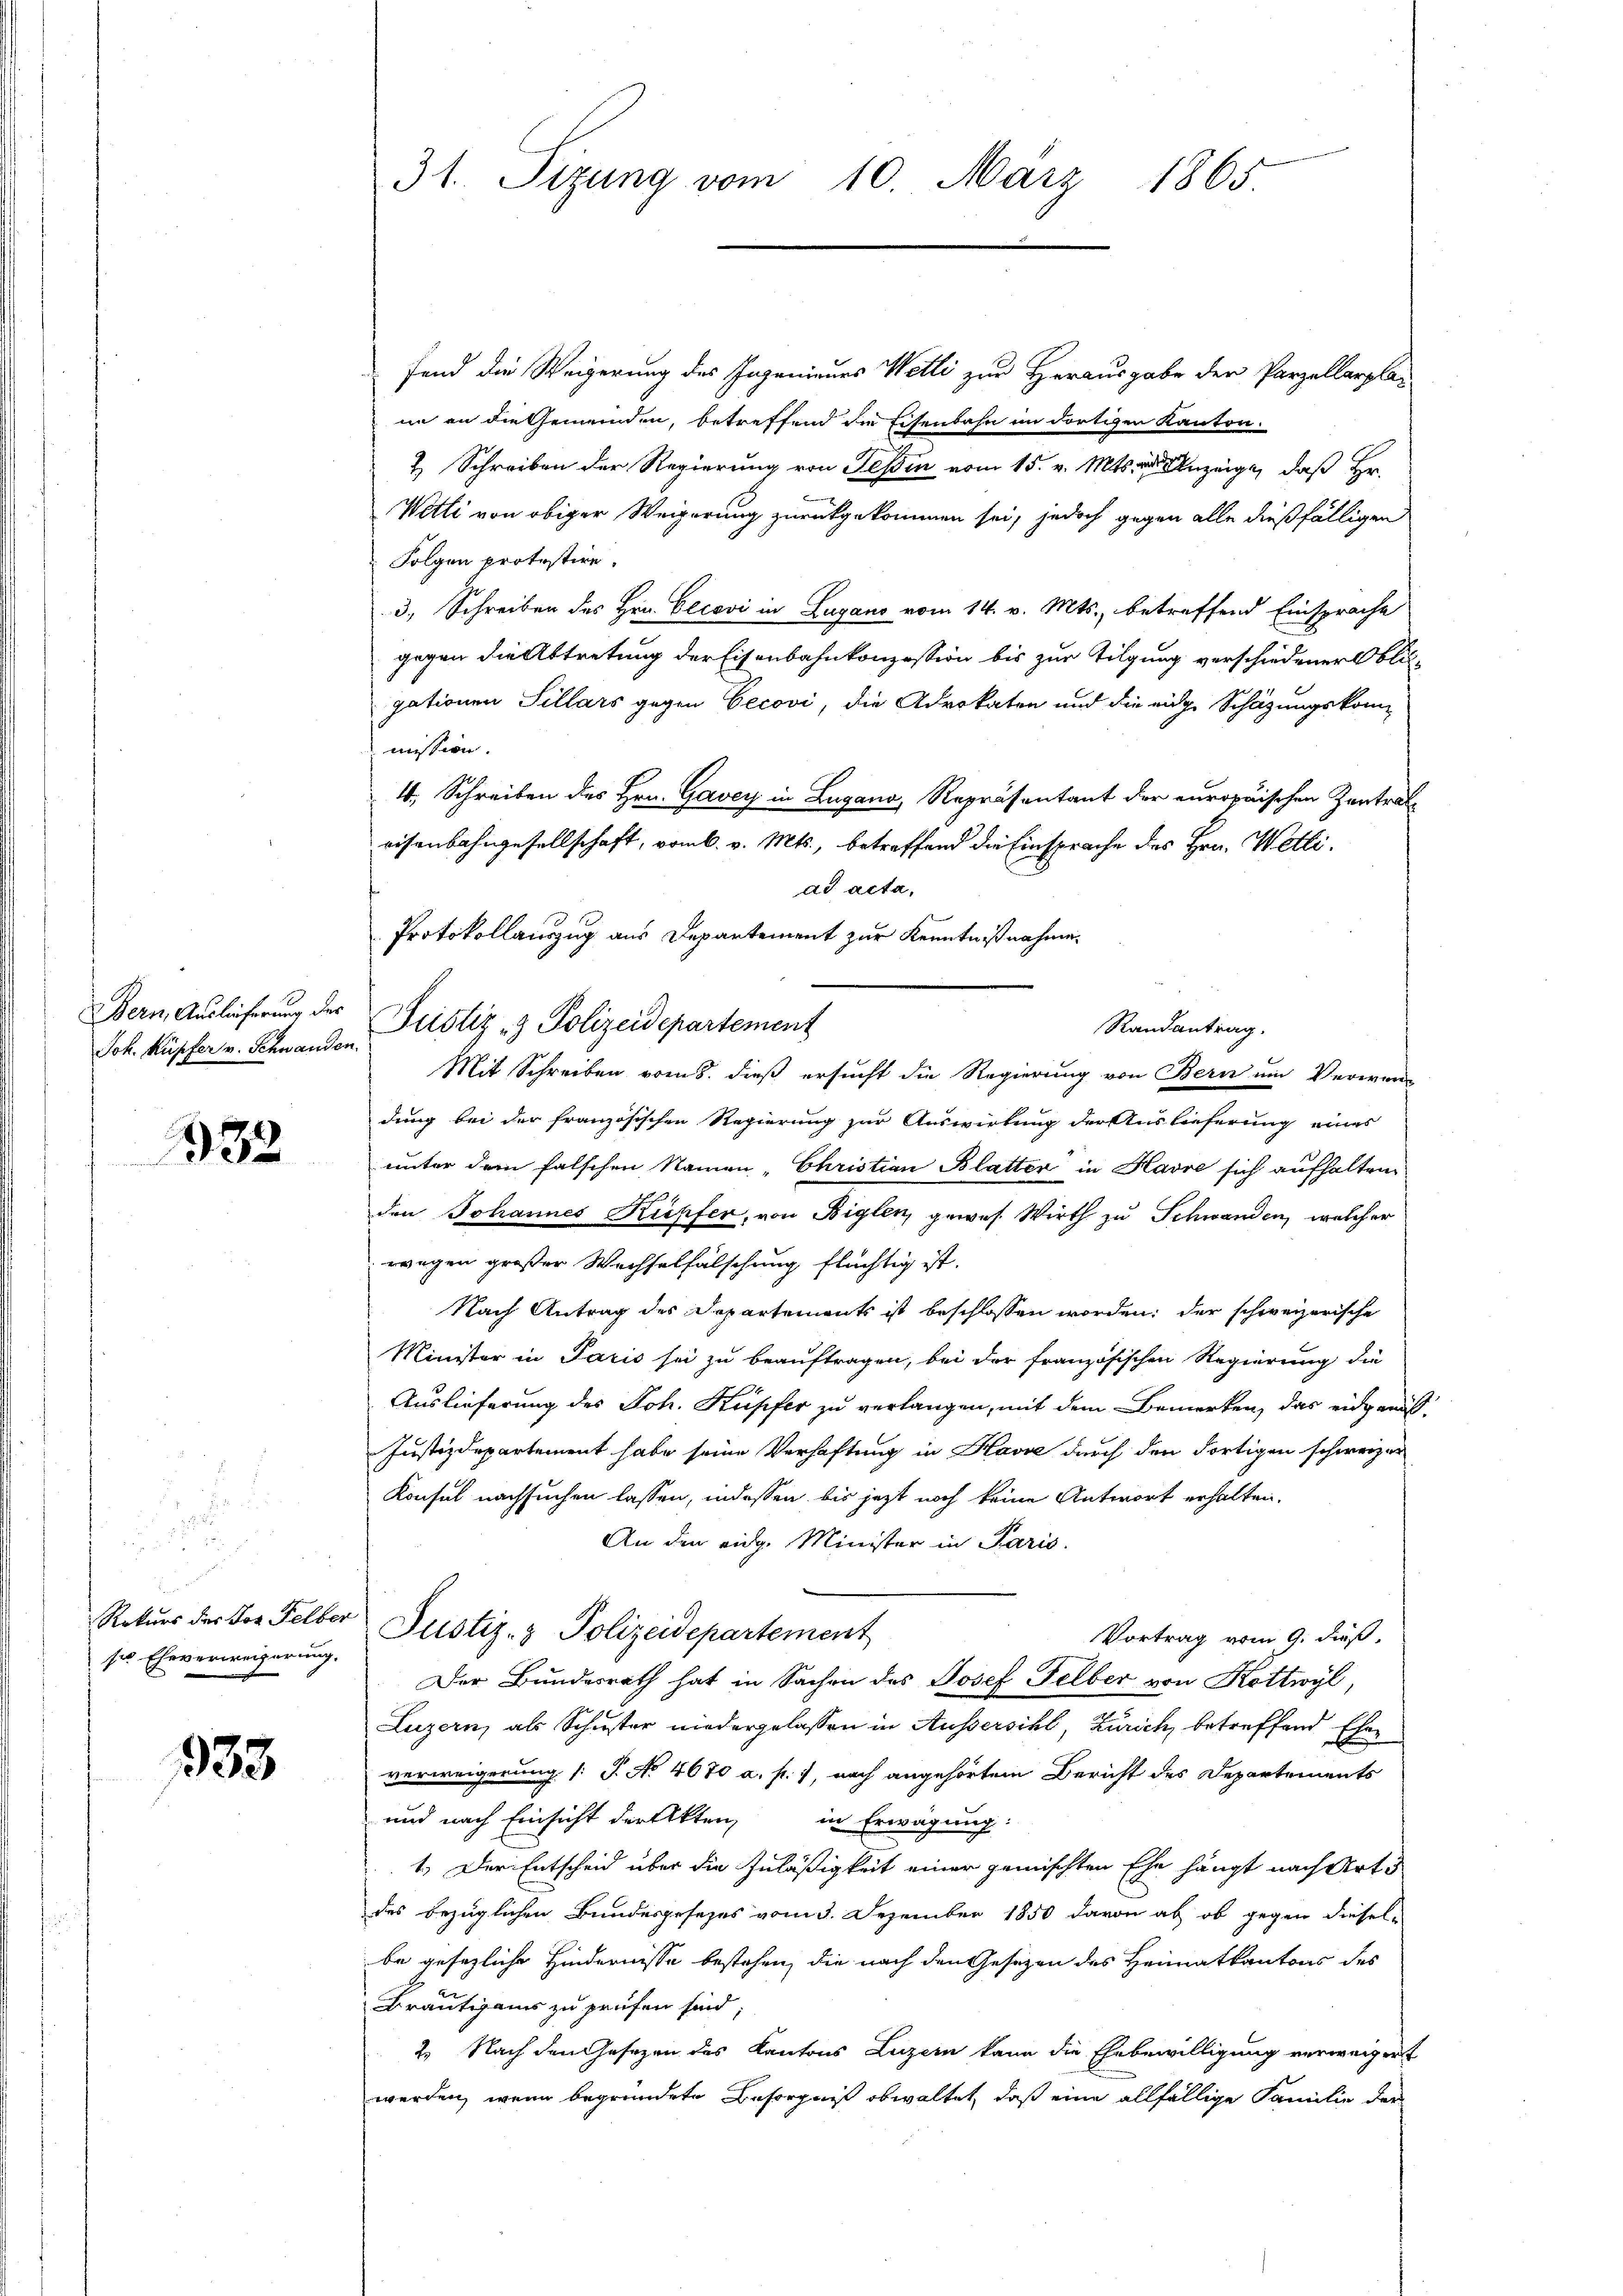
Bern, Auslieferung des
Joh. Kupfer v. Schwanden.

132

sie Eheverweigerung.

333.

fend die Weigerung des Ingenieurs Wetti zur Herausgabe der Parzellarplan
in an die Gemeinden, betreffend die Eisenbahn im dortigen Kanton.
2 Schreiben der Regierung von Fessen vom 15. v. Mts. an Anzeige, daß Hr.
Wetti von obiger Weigerung zurückgekommen sei, jedoch gegen alle dießfälligen
Folgen protestire.
3, Schreiben des Hrn. Clcovi in Lugano vom 14. v. Mts., betreffend Einsprache
gegen die Abtretung der Eisenbahnkonzession bis zur Tilgung verschiedener Obligationen Sillars gegen Cecovi, die Advokaten und die eige Schätzungskommission.
4, Schreiben des Hrn. Gavey in Zugano, Repräsentant der europäischen Zentraleisenbahngesellschaft, vom 6. v. Mts., betreffend die Einsprache des Hrn. Wettiad acta,
Protokollauszug aus Departement zur Kenntnißnahme.
Justiz- & Polizeidepartement
Mit Schreiben vom 8. dieß ersucht die Regierung von Bern ein Verwerdung bei der französischen Regierung zur Auswirkung der Auslieferung eines
unter dem falschen Namen "Christian Blatter in Havre sich aufhalten
den Johannes Kupfer, von Biglen, gewes. Wirth zu Schwanden, welcher
wegen großer Wechselfälschung flüchtig ist.
Nach Antrag des Departements ist beschlossen worden; der schweizerische
Minister in Paris sei zu beauftragen, bei der französischen Regierung die
Auslieferung des Joh. Kupfer zu verlangen, mit dem Bemerken, das eidgenös-
Justizdepartement habe seine Verhaftung in Havre durch den Fortigen schweizer
Konsul nachsuchen lassen, indessen bis jetzt noch keine Antwort erhalten.
An den eidg. Minister in Paris.
Rekurs der von Felber Justiz- & Polizeidepartement
Vortrag vom 9. dieß,
Der Bundesrath hat in Sachen des Josef Felber von Kottwyl,
Luzern, als Schuster niedergelassen in Aussersihl, Zürich, betreffend Ehre
verweigerung (T. No 4670 a. f. 1, nach angehörtem Bericht des Departements
und nach Einsicht der Akten in Erwägung:
1.) Der Entscheid über die Zuläßigkeit einer gemischten Ehe hängt nach Art.
des bezüglichen Bundesgesezes vom 3. Dezember 1850 davon ab, ob gegen diesel-
be gesezliche Hindernisse bestehen, die nach den Gesezen des Heimatkantons des
Bräutigams zu prüfen sind
2. Nach den Gesezen des Kantons Luzern kann die Ehebewilligung verweigert
werden, wenn begründete Besorgniß obwaltet, daß eine allfällige Familie der

31. Sizung vom 10. März 1865.

Randantrag.